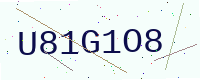
Text: U81G1O8